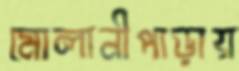
মোলানীপাড়ায়